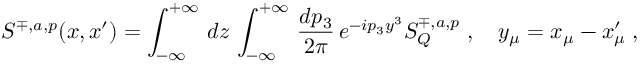
S ^ { \mp , a , p } ( x , x ^ { \prime } ) = \int _ { - \infty } ^ { + \infty } \, d z \, \int _ { - \infty } ^ { + \infty } \, \frac { d p _ { 3 } } { 2 \pi } \, e ^ { - i p _ { 3 } y ^ { 3 } } S _ { Q } ^ { \mp , a , p } \; , \quad y _ { \mu } = x _ { \mu } - x _ { \mu } ^ { \prime } \; ,